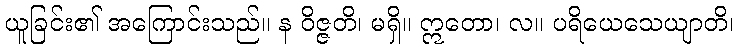
ယူခြင်း၏ အကြောင်းသည်။ န ဝိဇ္ဇတိ၊ မရှိ။ ဣတော၊ လ။ ပရိယေသေယျာတိ၊